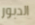
الدبور